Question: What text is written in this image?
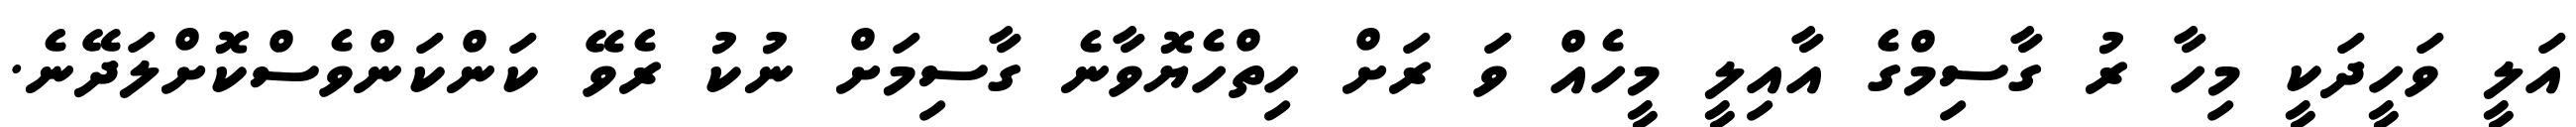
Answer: އަލީ ވަހީދަކީ މިހާ ރު ގާސިމްގެ އާއިލީ މީހެއް ވަ ރަށް ހިތްހެޔޮވާނެ ގާސިމަށް ނުކު ރެވޭ ކަންކަންވެސްކޮށްލަދޭނެ.